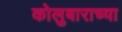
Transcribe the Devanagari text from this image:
कोलुबाराच्या